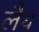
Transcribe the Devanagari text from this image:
लैथ